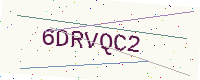
Text: 6DRVQC2